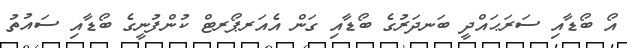
އޯ ބޯޑާއި ސަރަޙައްދީ ބަނދަރުގެ ބޯޑާއި ގަން އެއަރޕޯރޓް ކުންފުނީގެ ބޯޑާއި ސައުތު